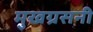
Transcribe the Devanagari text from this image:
मुखग्रसनी